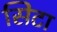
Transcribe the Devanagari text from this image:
सिटा